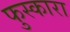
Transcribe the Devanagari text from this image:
फुस्कारा